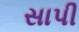
સાપી